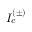
I _ { c } ^ { ( \pm ) }